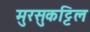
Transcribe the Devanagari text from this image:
मुरसुकट्टिल